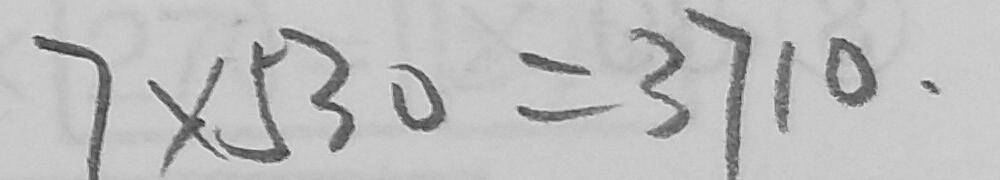
7 \times 5 3 0 = 3 7 1 0 .